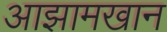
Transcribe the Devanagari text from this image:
आझामखान